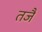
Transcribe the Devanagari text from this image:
तजैं